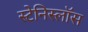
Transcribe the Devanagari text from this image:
स्टेनिस्लॉस